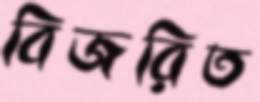
বিজরিত